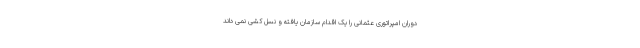
دوران امپراتوری عثمانی را یک اقدام سازمان یافته و نسل کشی نمی داند